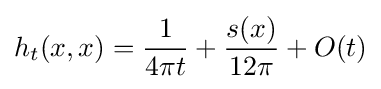
h_{t}(x,x)={\frac {1}{4\pi t}}+{\frac {s(x)}{12\pi }}+O(t)